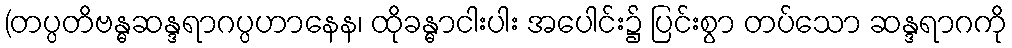
(တပ္ပတိဗန္ဓဆန္ဒရာဂပ္ပဟာနေန၊ ထိုခန္ဓာငါးပါး အပေါင်း၌ ပြင်းစွာ တပ်သော ဆန္ဒရာဂကို